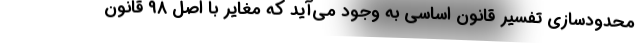
محدودسازی تفسیر قانون اساسی به وجود می‌آید که مغایر با اصل ۹۸ قانون